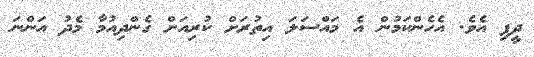
ދީފި އެވެ. އެހެންކަމުން އެ މައްސަލަ އިތުރަށް ކުރިއަށް ގެންދިއުމާ މެދު އަންނަ